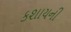
કશાયની